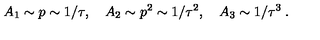
A _ { 1 } \sim p \sim 1 / \tau , \quad A _ { 2 } \sim p ^ { 2 } \sim 1 / \tau ^ { 2 } , \quad A _ { 3 } \sim 1 / \tau ^ { 3 } \: .